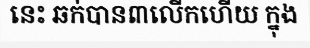
នេះ ឆក់បាន៣លើកហើយ ក្នុង